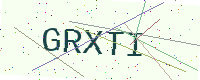
Text: GRXTI